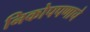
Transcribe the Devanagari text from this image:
निकोपपणाचे